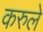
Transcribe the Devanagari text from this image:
करुले